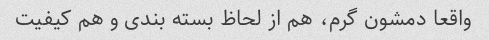
واقعا دمشون گرم، هم از لحاظ بسته بندی و هم کیفیت